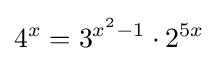
4^{x}=3^{x^{2}-1}\cdot 2^{5x}